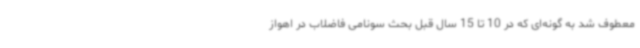
معطوف شد به گونه‌ای که در 10 تا 15 سال قبل بحث سونامی فاضلاب در اهواز